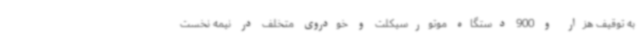
به توقیف هزار و 900 دستگاه موتورسیکلت و خودروی متخلف در نیمه نخست